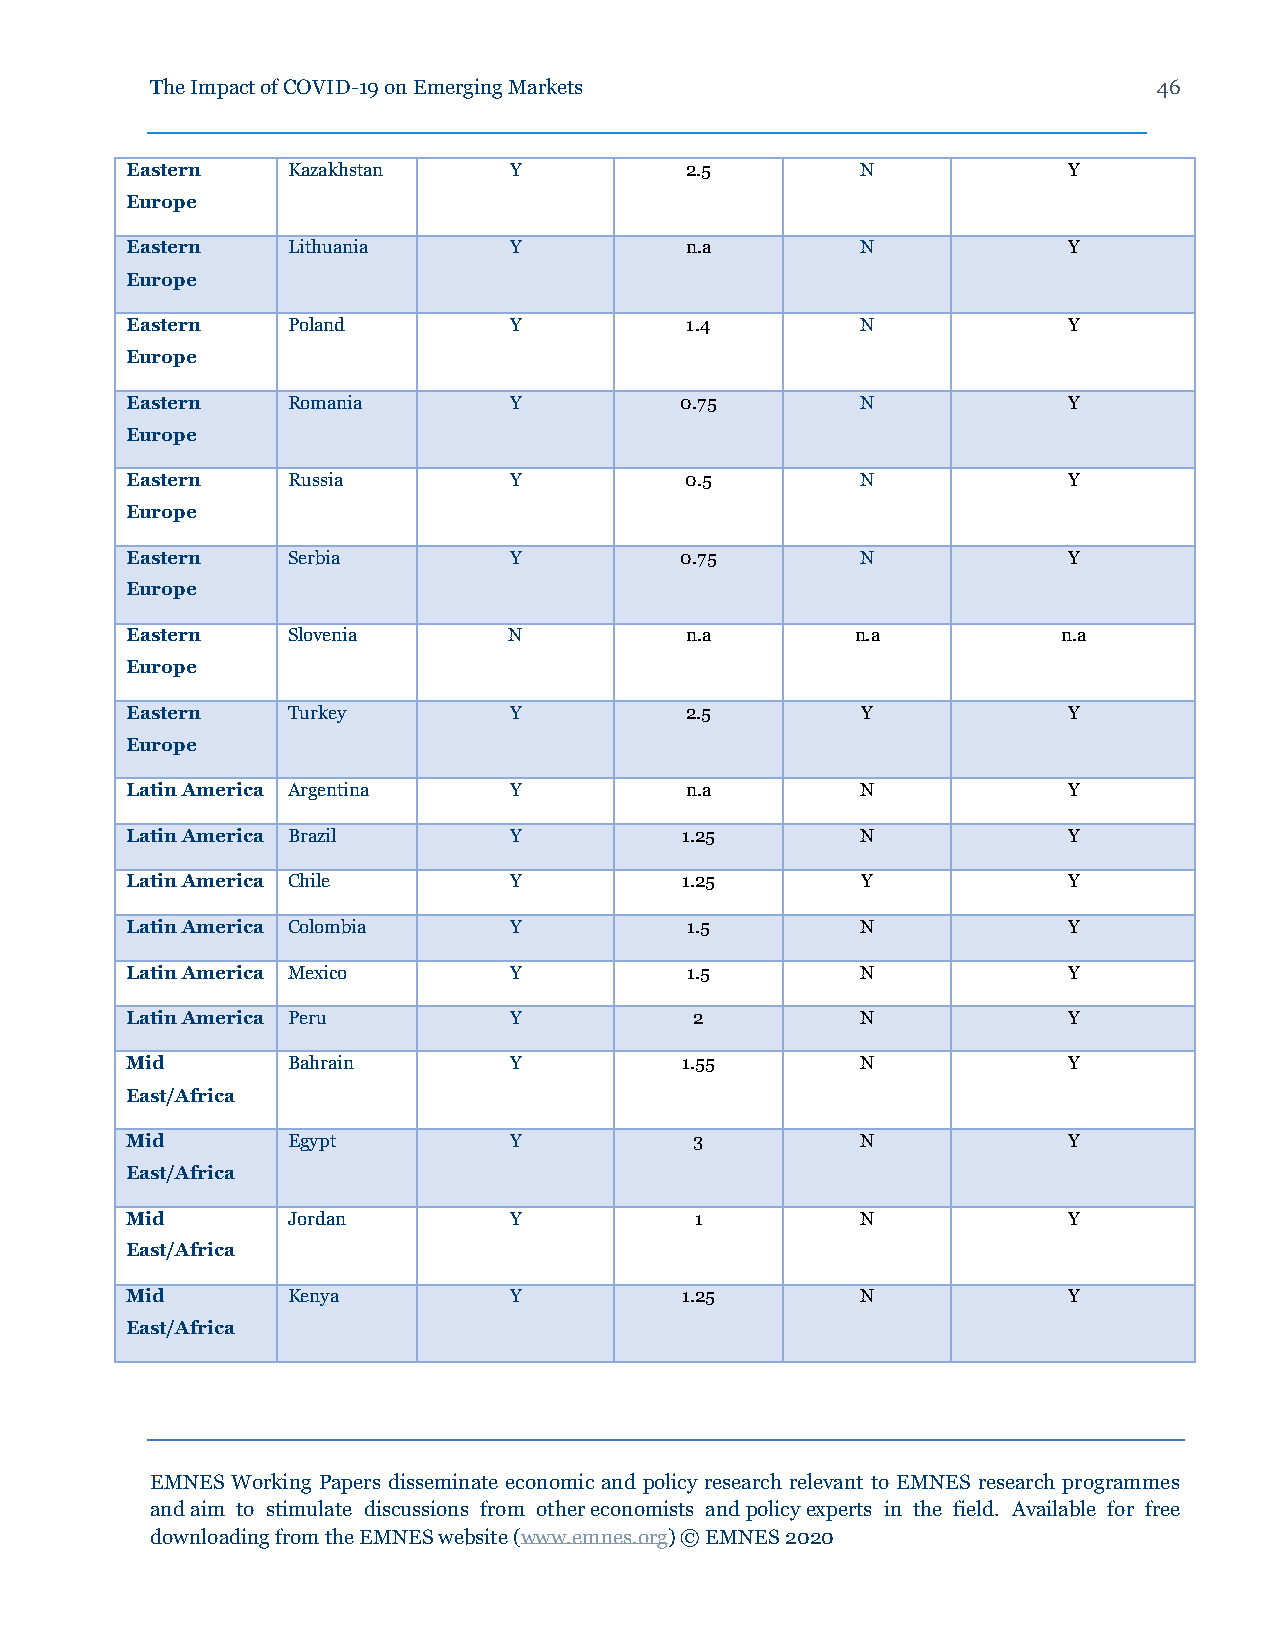
The Impact of COVID-19 on Emerging Markets                         46
 Eastern    Kazakhstan     Y          2.5         N             Y
 Europe
 Eastern    Lithuania      Y          n.a         N             Y
 Europe
 Eastern    Poland         Y          1.4         N             Y
 Europe
 Eastern    Romania        Y          0.75        N             Y
 Europe
 Eastern    Russia         Y          0.5         N             Y
 Europe
 Eastern    Serbia         Y          0.75        N             Y
 Europe
 Eastern    Slovenia       N          n.a         n.a          n.a
 Europe
 Eastern    Turkey         Y          2.5         Y             Y
 Europe
 Latin America Argentina   Y          n.a         N             Y
 Latin America Brazil      Y          1.25        N             Y
 Latin America Chile       Y          1.25        Y             Y
 Latin America Colombia    Y          1.5         N             Y
 Latin America Mexico      Y          1.5         N             Y
 Latin America Peru        Y           2          N             Y
 Mid        Bahrain        Y          1.55        N             Y
 East/Africa
 Mid        Egypt          Y           3          N             Y
 East/Africa
 Mid        Jordan         Y           1          N             Y
 East/Africa
 Mid        Kenya          Y          1.25        N             Y
 East/Africa
 EMNES Working Papers disseminate economic and policy research relevant to EMNES research programmes
 and aim to stimulate discussions from other economists and policy experts in the field. Available for free
 downloading from the EMNES website (www.emnes.org) © EMNES 2020